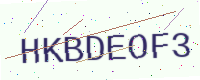
Text: HKBDEOF3